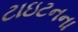
ટાઇટનના